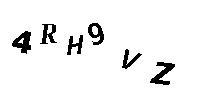
4RH9VZ